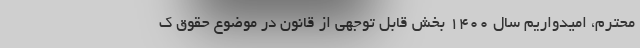
محترم، امیدواریم سال ۱۴۰۰ بخش قابل توجهی از قانون در موضوع حقوق ک